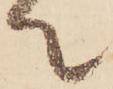
て